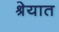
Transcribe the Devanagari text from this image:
श्रेयात